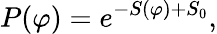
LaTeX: P(\varphi)=e^{-S(\varphi)+S_{0}},